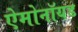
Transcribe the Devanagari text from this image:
ऐमोनॉयड